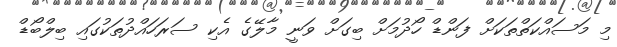
މި މަސައްކަތްތަކަށް ފަންޑް ހޯދުމަށް ބިގަށް ވަނީ މާލޭގެ އެކި ސަރަހައްދުތަކުގައި ބިލްބޯޑް